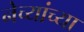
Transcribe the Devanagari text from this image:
नेच्यांच्या